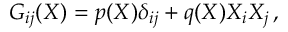
G _ { i j } ( X ) = p ( X ) \delta _ { i j } + q ( X ) X _ { i } X _ { j } \, ,